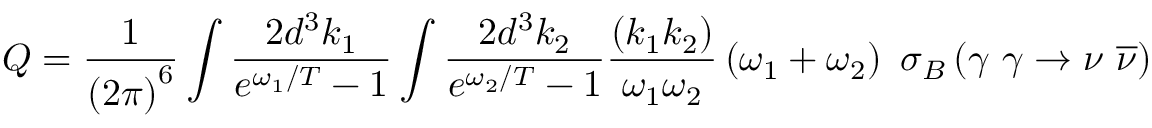
Q = \frac 1 { \left( 2 \pi \right) ^ { 6 } } \int \frac { 2 d ^ { 3 } k _ { 1 } } { e ^ { \omega _ { 1 } / T } - 1 } \int \frac { 2 d ^ { 3 } k _ { 2 } } { e ^ { \omega _ { 2 } / T } - 1 } \frac { \left( k _ { 1 } k _ { 2 } \right) } { \omega _ { 1 } \omega _ { 2 } } \left( \omega _ { 1 } + \omega _ { 2 } \right) \mathrm { ~ } \sigma _ { B } \left( \gamma \mathrm { ~ } \gamma \rightarrow \nu \mathrm { ~ } \overline { { { \nu } } } \right)